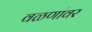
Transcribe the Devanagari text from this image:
वळणांवर